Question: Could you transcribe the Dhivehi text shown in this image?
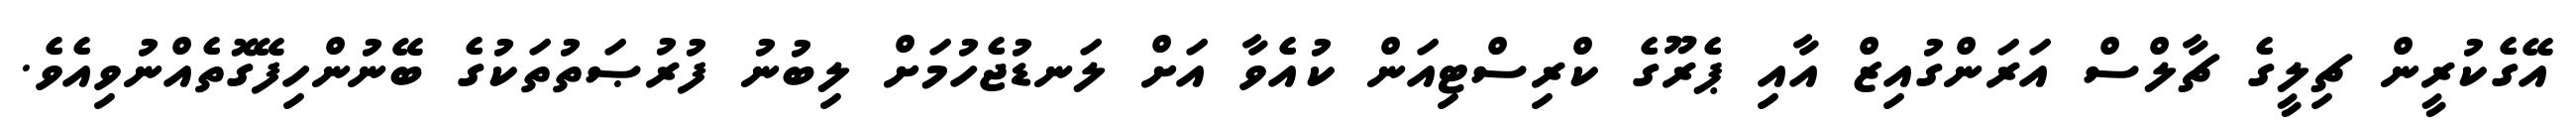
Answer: އޭގެކުރީން ޗިލީގެ ޗާލްސް އަރަންގުއިޒް އާއި ޕެރޫގެ ކްރިސްޓިއަން ކުއެވާ އަށް ލަނޑުޖެހުމަށް ލިބުނު ފުރުޞަތުތަކުގެ ބޭނުންހިފޭގޮތެއްނުވިއެވެ.